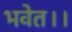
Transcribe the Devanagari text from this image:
भवेत।।